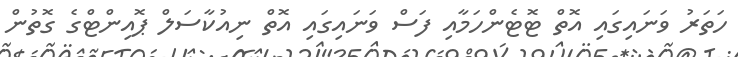
ހަތަރު ވަނައިގައި އޮތް ޓޮޓެންހަމާއި ފަސް ވަނައިގައި އޮތް ނިއުކާސަލް ޕޮއިންޓްގެ ގޮތުން